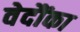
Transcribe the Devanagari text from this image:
वेदौंका